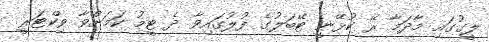
ލީގުގައި މާދަމާ ރޭ ކުޅޭނީ ޓޭބަލުގެ ފުލުގައިވާ ދެ ޓީމު ކަމަށްވާ ވިކްޓަރީ